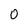
Character: 0